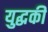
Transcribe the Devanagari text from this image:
युद्धकी